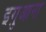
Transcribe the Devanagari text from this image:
इगुआना